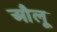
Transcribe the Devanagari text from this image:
औलू